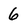
Character: 6